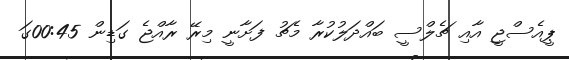
ޕީއެސްޖީ އާއި ޗެލްސީ ބައްދަލުކުރާ މެޗު ފަށާނީ މިރޭ ރާއްޖެ ގަޑިން 00:45ގަ